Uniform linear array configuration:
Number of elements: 32
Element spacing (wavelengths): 1
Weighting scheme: hann
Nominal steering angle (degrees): -45
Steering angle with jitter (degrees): -45.697
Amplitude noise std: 0.05
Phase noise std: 0.05

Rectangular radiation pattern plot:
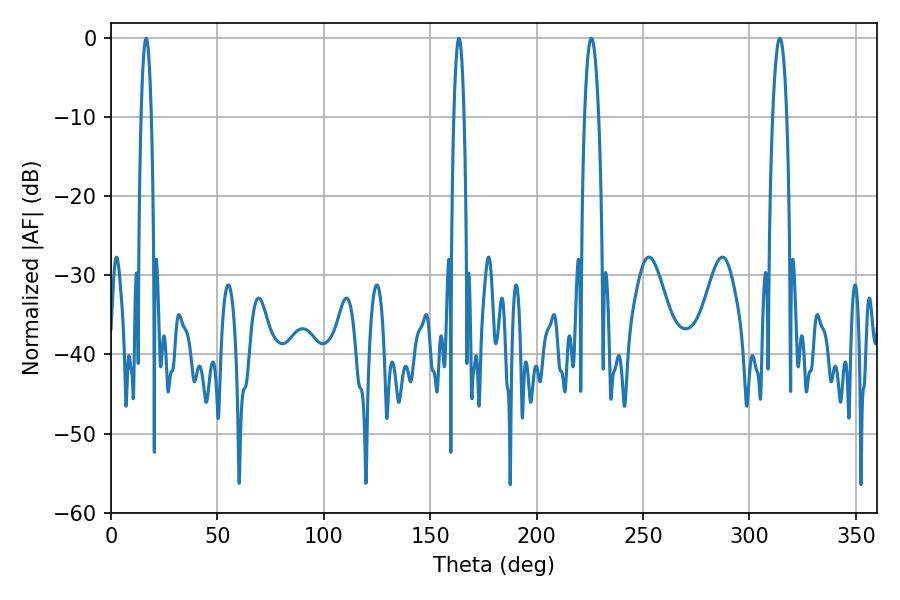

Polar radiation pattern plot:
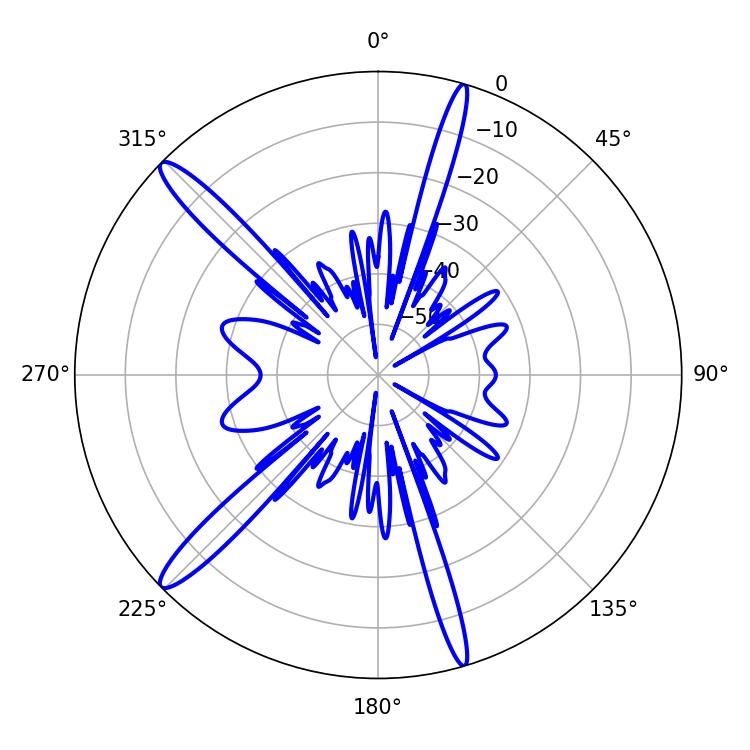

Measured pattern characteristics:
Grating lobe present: TRUE
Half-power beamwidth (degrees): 3.6
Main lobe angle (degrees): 225.72